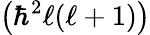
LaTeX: \left(\hbar^{2}\ell(\ell+1)\right)